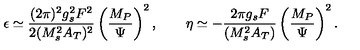
\epsilon \simeq \frac { ( 2 \pi ) ^ { 2 } g _ { s } ^ { 2 } F ^ { 2 } } { 2 ( M _ { s } ^ { 2 } A _ { T } ) ^ { 2 } } \left( \frac { M _ { P } } { \Psi } \right) ^ { 2 } , \qquad \eta \simeq - \frac { 2 \pi g _ { s } F } { ( M _ { s } ^ { 2 } A _ { T } ) } \left( \frac { M _ { P } } { \Psi } \right) ^ { 2 } .